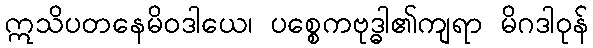
ဣသိပတနေမိဝဒါယေ၊ ပစ္စေကဗုဒ္ဓါ၏ကျရာ မိဂဒါဝုန်